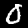
Digit: 0